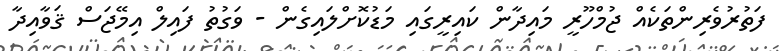
ފަތުރުވެރިންތަކެއް ޖުމްހޫރީ މައިދާން ކައިރީގައި މަޑުކޮށްލައިގެން - ވަގުތު ފައިލް އިމޭޖަސް ޤަވާއިދާ